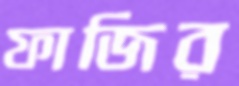
ফাজির